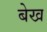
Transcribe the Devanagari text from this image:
बेख